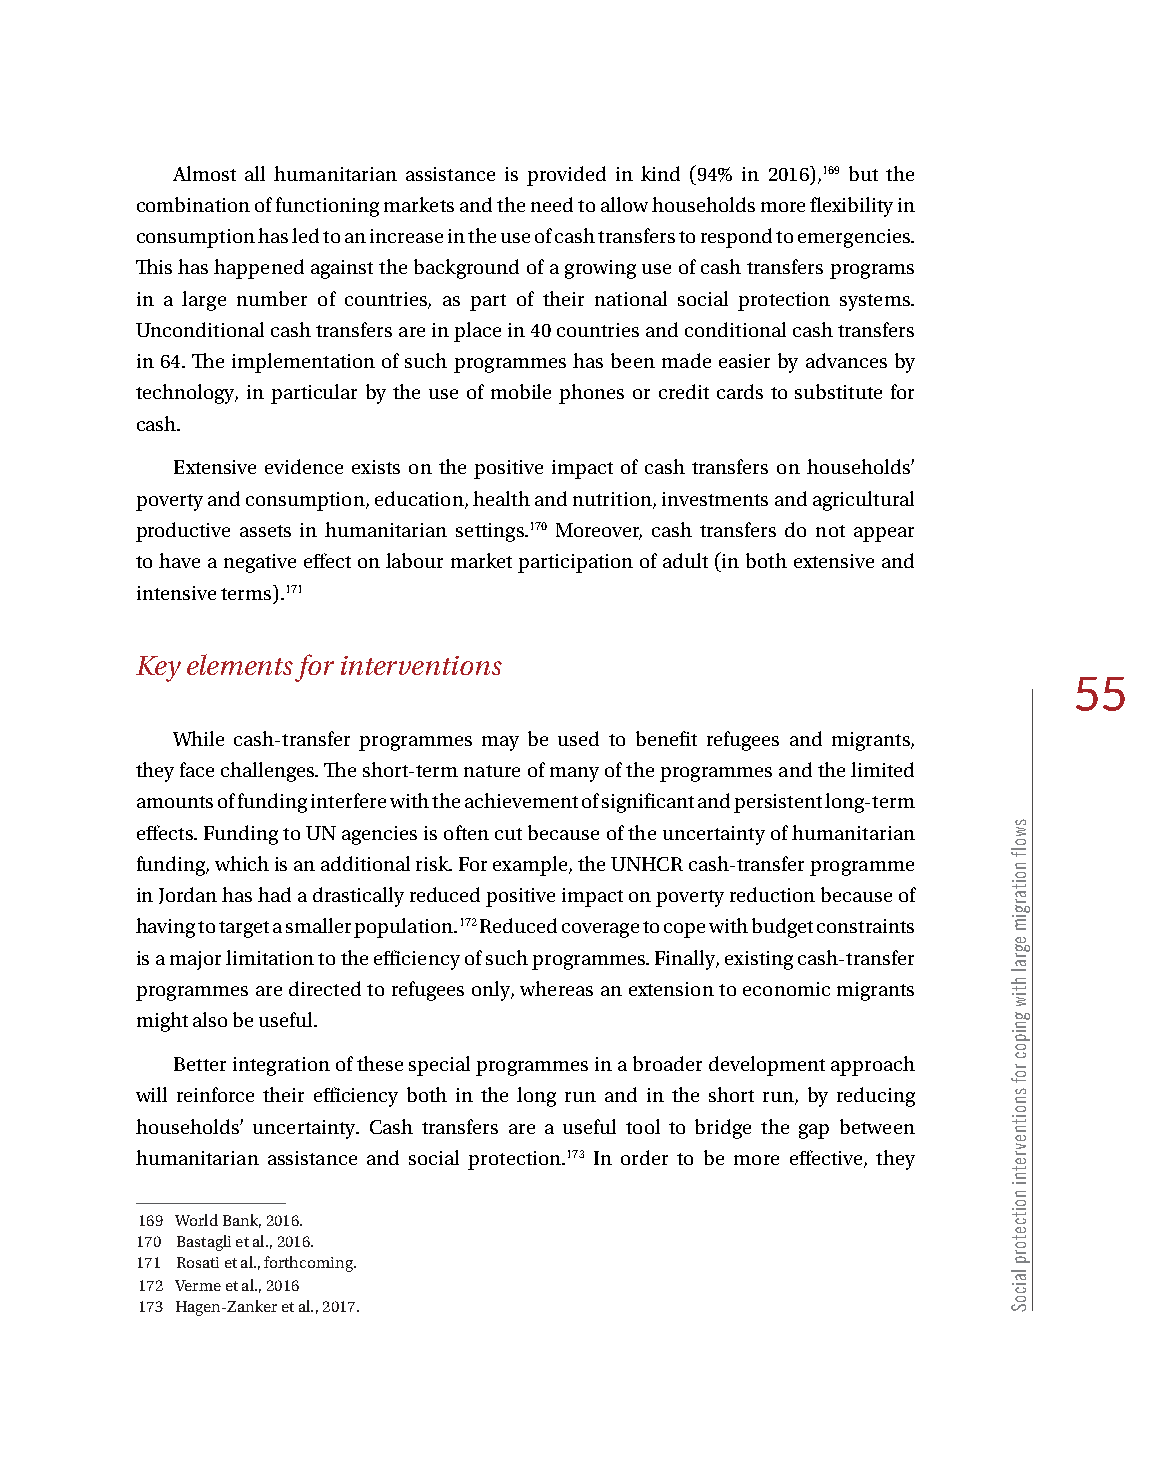
Almost all humanitarian assistance is provided in kind (94% in 2016),169 but the
 combination of functioning markets and the need to allow households more flexibility in
 consumption has led to an increase in the use of cash transfers to respond to emergencies.
 This has happened against the background of a growing use of cash transfers programs
 in a large number of countries, as part of their national social protection systems.
 Unconditional cash transfers are in place in 40 countries and conditional cash transfers
 in 64. The implementation of such programmes has been made easier by advances by
 technology, in particular by the use of mobile phones or credit cards to substitute for
 cash.
 Extensive evidence exists on the positive impact of cash transfers on households’
 poverty and consumption, education, health and nutrition, investments and agricultural
 productive assets in humanitarian settings.170 Moreover, cash transfers do not appear
 to have a negative effect on labour market participation of adult (in both extensive and
 intensive terms).171
 Key elements for interventions
 55
 While cash-transfer programmes may be used to benefit refugees and migrants,
 they face challenges. The short-term nature of many of the programmes and the limited
 amounts of funding interfere with the achievement of significant and persistent long-term
 effects. Funding to UN agencies is often cut because of the uncertainty of humanitarian
 funding, which is an additional risk. For example, the UNHCR cash-transfer programme
 in Jordan has had a drastically reduced positive impact on poverty reduction because of
 having to target a smaller population.172 Reduced coverage to cope with budget constraints
 is a major limitation to the efficiency of such programmes. Finally, existing cash-transfer
 programmes are directed to refugees only, whereas an extension to economic migrants
 might also be useful.
 Better integration of these special programmes in a broader development approach
 will reinforce their efficiency both in the long run and in the short run, by reducing
 households’ uncertainty. Cash transfers are a useful tool to bridge the gap between
 humanitarian assistance and social protection.173 In order to be more effective, they
 169 World Bank, 2016.
 170 Bastagli et al., 2016.
 171 Rosati et al., forthcoming.
 172 Verme et al., 2016
 173 Hagen-Zanker et al., 2017.
 swolf
 noitargim
 egral
 htiw
 gnipoc
 rof
 snoitnevretni
 noitcetorp
 laicoS